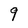
Character: 9